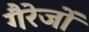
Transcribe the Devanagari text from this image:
गैरेजों